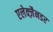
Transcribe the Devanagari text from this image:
एलेक्ज़ैनडर